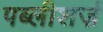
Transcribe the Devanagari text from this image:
पब्लीशर्ज़